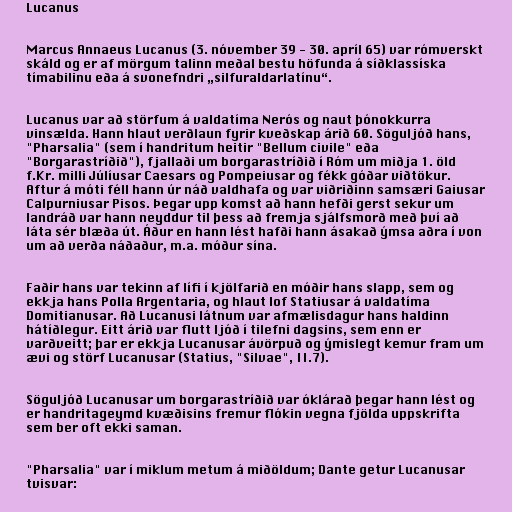
Lucanus

Marcus Annaeus Lucanus (3. nóvember 39 - 30. apríl 65) var rómverskt
skáld og er af mörgum talinn meðal bestu höfunda á síðklassíska
tímabilinu eða á svonefndri „silfuraldarlatínu“.

Lucanus var að störfum á valdatíma Nerós og naut þónokkurra
vinsælda. Hann hlaut verðlaun fyrir kveðskap árið 60. Söguljóð hans,
"Pharsalia" (sem í handritum heitir "Bellum civile" eða
"Borgarastríðið"), fjallaði um borgarastríðið í Róm um miðja 1. öld
f.Kr. milli Júlíusar Caesars og Pompeiusar og fékk góðar viðtökur.
Aftur á móti féll hann úr náð valdhafa og var viðriðinn samsæri Gaiusar
Calpurniusar Pisos. Þegar upp komst að hann hefði gerst sekur um
landráð var hann neyddur til þess að fremja sjálfsmorð með því að
láta sér blæða út. Áður en hann lést hafði hann ásakað ýmsa aðra í von
um að verða náðaður, m.a. móður sína.

Faðir hans var tekinn af lífi í kjölfarið en móðir hans slapp, sem og
ekkja hans Polla Argentaria, og hlaut lof Statiusar á valdatíma
Domitianusar. Að Lucanusi látnum var afmælisdagur hans haldinn
hátíðlegur. Eitt árið var flutt ljóð í tilefni dagsins, sem enn er
varðveitt; þar er ekkja Lucanusar ávörpuð og ýmislegt kemur fram um
ævi og störf Lucanusar (Statius, "Silvae", II.7).

Söguljóð Lucanusar um borgarastríðið var óklárað þegar hann lést og
er handritageymd kvæðisins fremur flókin vegna fjölda uppskrifta
sem ber oft ekki saman.

"Pharsalia" var í miklum metum á miðöldum; Dante getur Lucanusar
tvisvar: